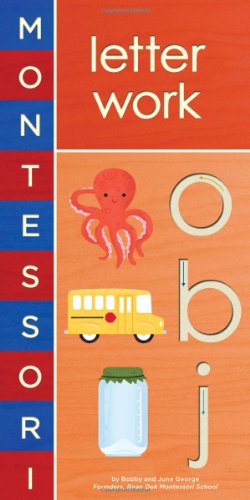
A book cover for Montessori: Letter Work; Bobby George; Children's Books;